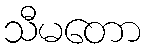
သီမတော